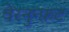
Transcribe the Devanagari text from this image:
वेरनुन्फ़ट